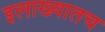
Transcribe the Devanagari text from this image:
इलाख्यातच